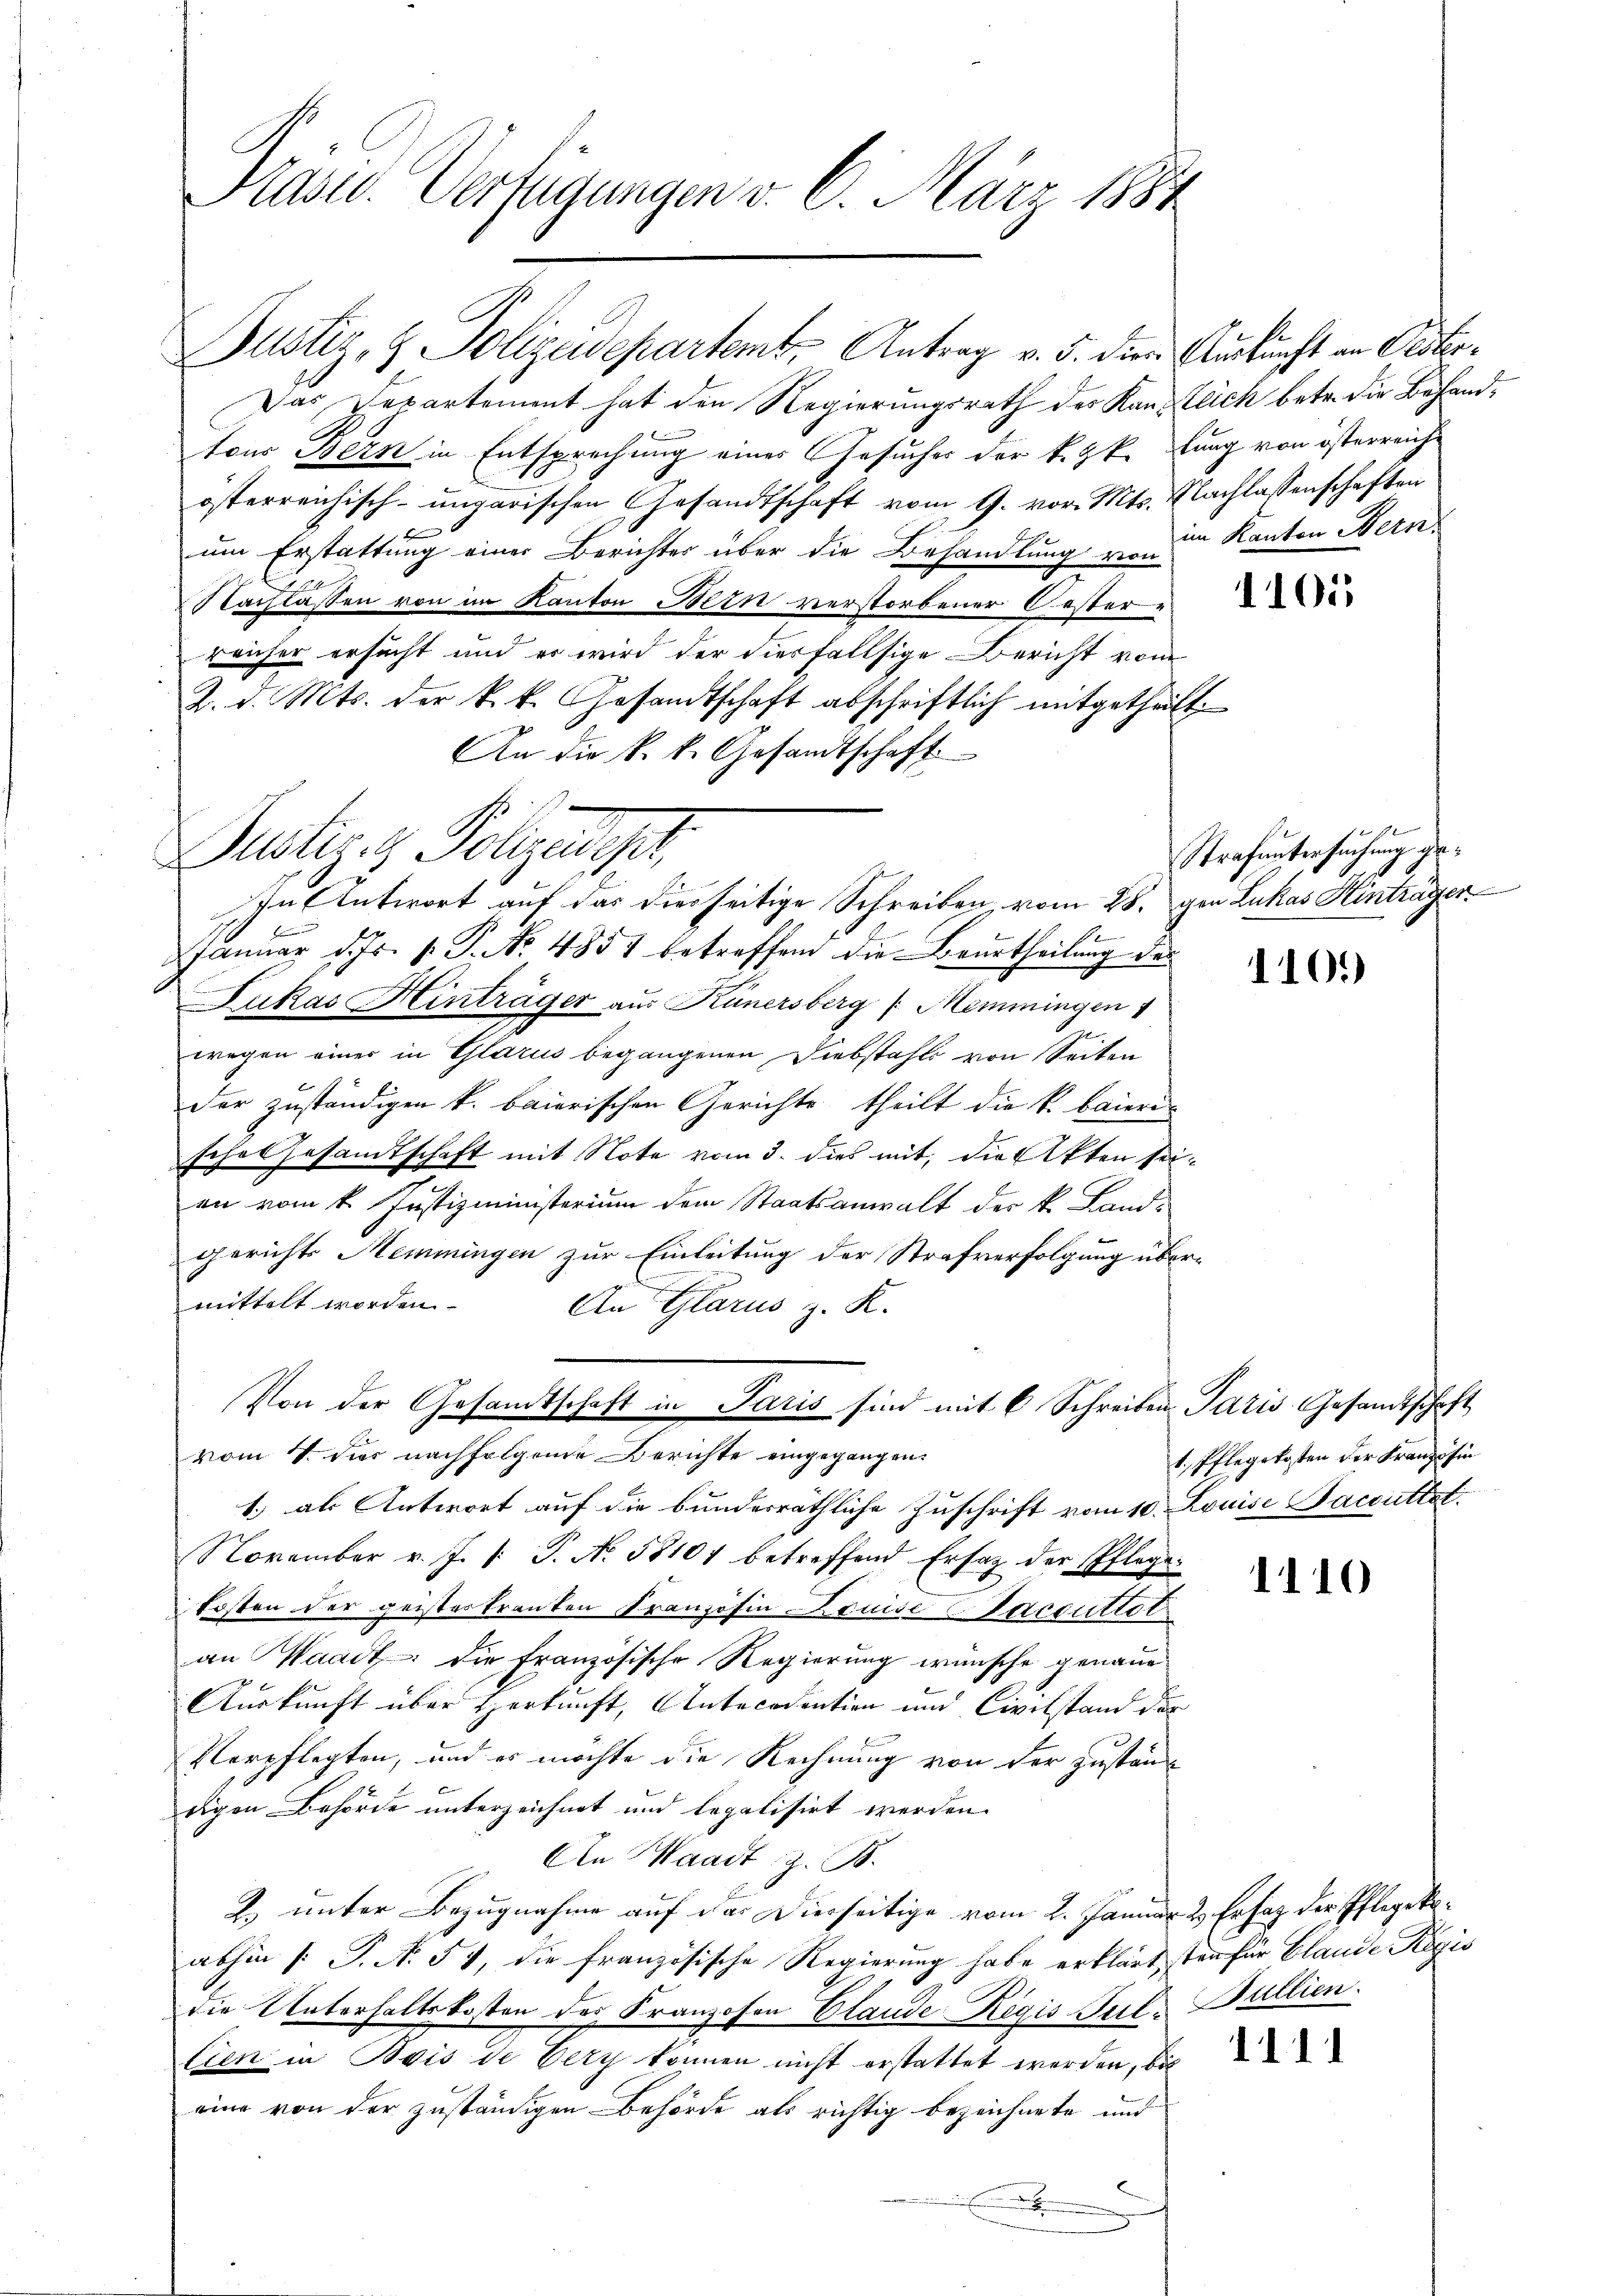
Kasu. Verfügungen v. 6. März 1884

Justiz- & Polizeidepartemt, Antrag v. 5. die Auskunft an Pasto¬
Das Departement hat den Regierungsrath des Kanzlich betr. die Behandtous Bern in Entsprechung eines Gesuches der k. k. lung von österreiche
österreichisch-ungarischen Gesandtschaft vom 9. vor. Mts. Nachlassenschaften
um Erstattung einer Berichter über die Behandlung zu im Kanton Nein,
Nachlassen von im Kanton Bern verstorbener Oestere
reicher ersucht und es wird der diesfallsige Bericht vom
2. d. Mts. der k.k. Gesandtschaft abschriftlich mitgetheilt.
An die k. k. Gesandtschaft

Justiz- Polizeidiger

F
e
Januar d. Js. v. P. No. 4857 betreffend die Beurtheilung des
Zukas Hinträger aus Kunersberg (Memmingen 1
wegen einer in Glarus begangenen Diebstahls von Seiten
der zuständigen k. baierischen Gerichte theilt die k. baieris
sche Gesandtschaft mit Note vom 3. dies mit, die Akten seien vom 1. Justizministerium dem Staatsanwalt des k. Land-
gerichts Memmingen zur Einleitung der Strafverfolgung übermittelt worden.
An Glarus z. R.
1.) als Antwort auf die bunderräthliche Zuschrift vom 10. Louise Facultat.
November v. J. P. P. No. 58107 betreffend Ersatz der Pflegekosten der geistes tranten Kranzösin Louise Vaccuttot
an Waadt, die französische Regierung wünsche genaue
Auskunft über Herkunft, Antecedention und Civilstand der
Verpflegten, und es möchte die Rechnung von der zuständ
digen Behörde unterzeichnet und legalisirt werden.
An Waadt z. B.
2. unter Bezugnahme auf das Dierseitige vom 2. Januar 2. Er hat der Pflegekoabhin (: P. N. 57, die französische Regierung habe erklärt, sten für Blande Regis
die Unterhaltskosten des Kranzosen Elande Regis Pil. Bullien.
tien in Bois de Very können nicht erstattet werden, bis
eine von der zuständigen Behörde als richtig bezeichnete und
x
.

Von der Gesandtschaft in Paris sind mit 6 Schreiben Paris Gesandtschaft
vom 7. dies nachfolgende Berichte eingegangen.

In Antwort auf das diesseitige Schreiben vom 28. gen Lukas Hinträger

Strafuntersuchung ge¬
.

1101)

1. Pflegekosten der Franz hin

1110

1111